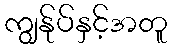
ကျွန်ုပ်နှင့်အတူ